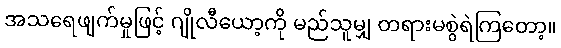
အသရေဖျက်မှုဖြင့် ဂျိုလီယော့ကို မည်သူမျှ တရားမစွဲရဲကြတော့။